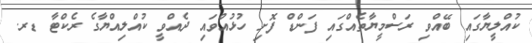
ކުއްލީޔާގައި ބޭއްވި ރަސްމީޔާތެއްގައި ފަންޑް ފޮށި ހުޅުއްވައި ދެއްވީ ކުއްލިއްޔާގެ ރެކްޓާ ޑރ.